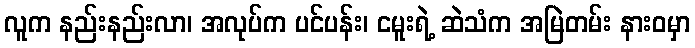
လူက နည်းနည်းလာ၊ အလုပ်က ပင်ပန်း၊ ငမူးရဲ့ ဆဲသံက အမြဲတမ်း နားဝမှာ